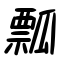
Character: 瓢